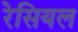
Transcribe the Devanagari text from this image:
रेसियल